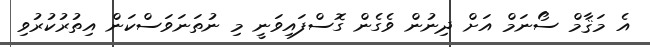
އެ މަޤާމް ސޯނަމް އަށް ދިނުން ވެގެން ގޮސްފައިވަނީ މި ނުތަނަވަސްކަން އިތުރުކުރުވި